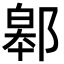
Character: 䣗